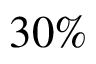
3 0 \%